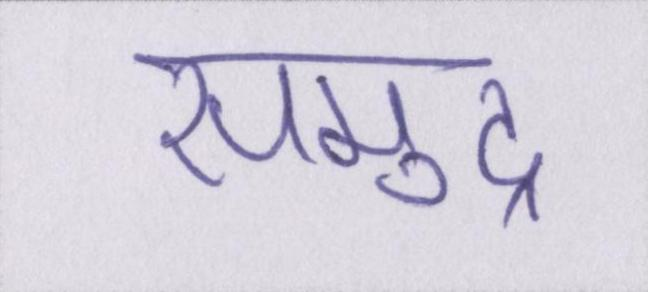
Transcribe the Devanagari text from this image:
समुद्र